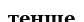
тенше